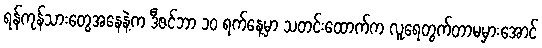
ရန်ကုန်သားတွေအနေနဲ့က ဒီဇင်ဘာ ၁၀ ရက်နေ့မှာ သတင်းထောက်က လူရေတွက်တာမမှားအောင်